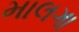
માલગા